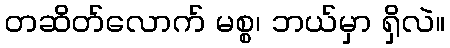
တဆိတ်လောက် မစ္စ၊ ဘယ်မှာ ရှိလဲ။